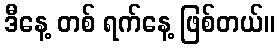
ဒီနေ့ တစ် ရက်နေ့ ဖြစ်တယ်။